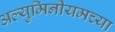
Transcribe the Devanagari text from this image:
अल्युमिनीयमच्या